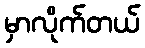
မှာလိုက်တယ်